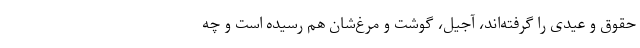
حقوق‌ و عیدی را گرفته‌اند، آجیل، گوشت و مرغ‌شان هم رسیده است و چه